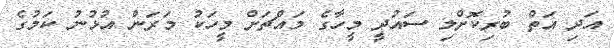
އަދި އަތް ބުރިކޮށްލި ސައުދީ މީހާގެ މައްޗަށް މީހަކު މަރަން އުޅުނު ކަމުގެ